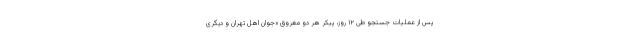
پس از عملیات جستجو طی ۱۲ روز، پیکر هر دو مغروق «جوان اهل تهران و دیگری